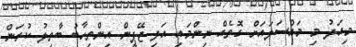
މިއަދު މި މައްސަލައަށް ގޮތެއް ނިންމައި އަދި ޖޭޕީން އިންތިހާބު ބާތިލު ކުރަން